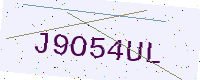
Text: J9O54UL